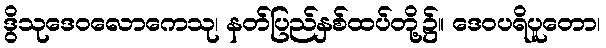
ဒွိသုဒေဝလောကေသု၊ နတ်ပြည်နှစ်ထပ်တို့၌။ ဒေဝပရိပူတော၊